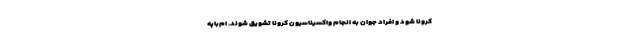
کرونا شود و افراد جوان به انجام واکسیناسیون کرونا تشویق شوند. ام‌باپه